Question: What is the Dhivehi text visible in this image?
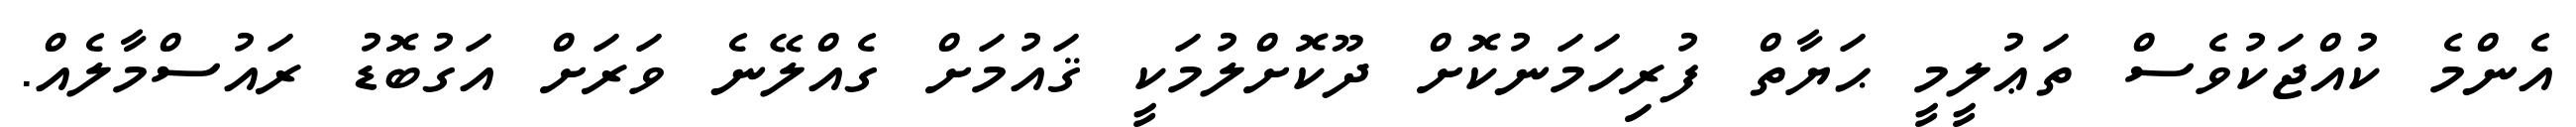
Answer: އެންމެ ކުއްޖަކުވެސް ތަޢުލީމީ ޙަޔާތް ފުރިހަމަނުކޮށް ދޫކޮށްލުމަކީ ޤައުމަށް ގެއްލޭނެ ވަރަށް އަގުބޮޑު ރައުސްމާލެއް.